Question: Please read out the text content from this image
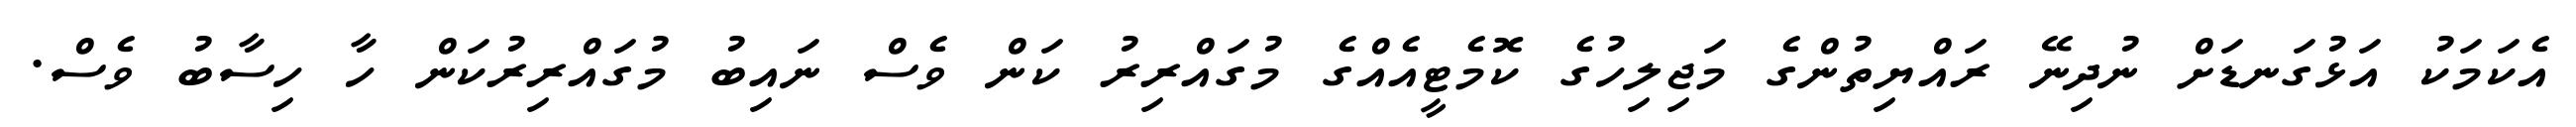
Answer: އެކަމަކު އަޅުގަނޑަށް ނުދިނޭ ރައްޔިތުންގެ މަޖިލިހުގެ ކޮމެޓީއެއްގެ މުގައްރިރު ކަން ވެސް ނައިބު މުގައްރިރުކަން ހާ ހިސާބު ވެސް.